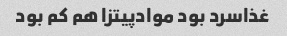
غذاسرد بود موادپیتزا هم کم بود